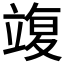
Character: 𥪚